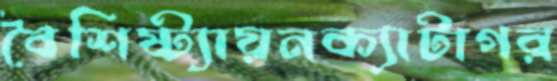
বৈশিষ্ট্যায়নক্যাটাগর